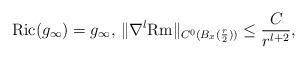
LaTeX: \begin{align*}{\rm Ric}(g_\infty)=g_\infty, \, \|\nabla^l {\rm Rm}\|_{C^0(B_x(\frac{r}{2}))}\leq \frac{C}{r^{l+2}},\end{align*}